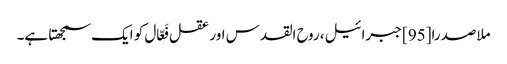
ملاصدرا[95] جبرائیل، روح القدس اور عقل فَعّال کو ایک سمجھتا ہے۔